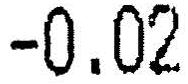
-0.02